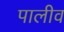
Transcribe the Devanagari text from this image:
पालीव